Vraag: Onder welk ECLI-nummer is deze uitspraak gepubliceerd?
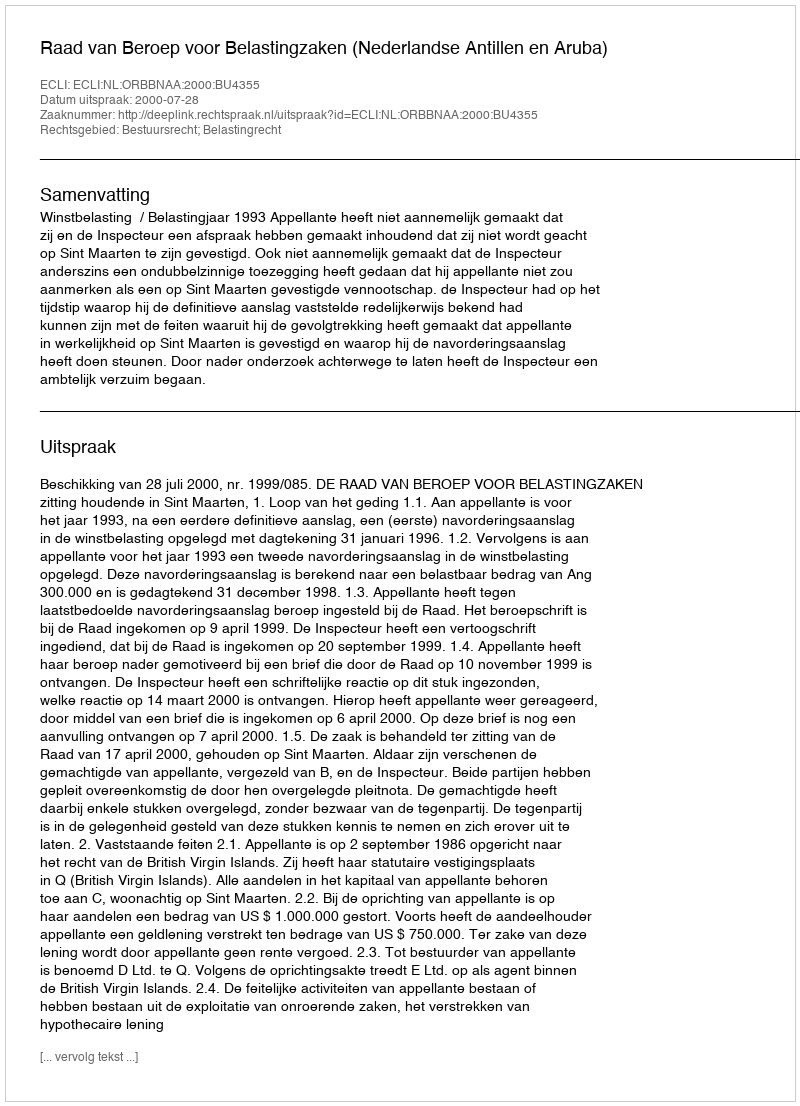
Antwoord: ECLI:NL:ORBBNAA:2000:BU4355